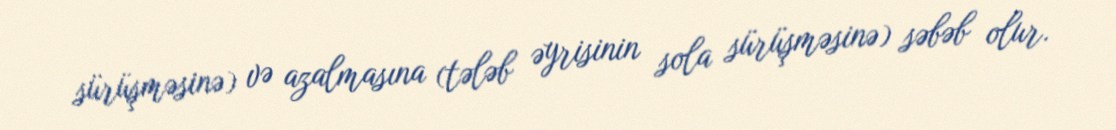
sürüşməsinə) və azalmasına (tələb əyrisinin sola sürüşməsinə) səbəb olur.